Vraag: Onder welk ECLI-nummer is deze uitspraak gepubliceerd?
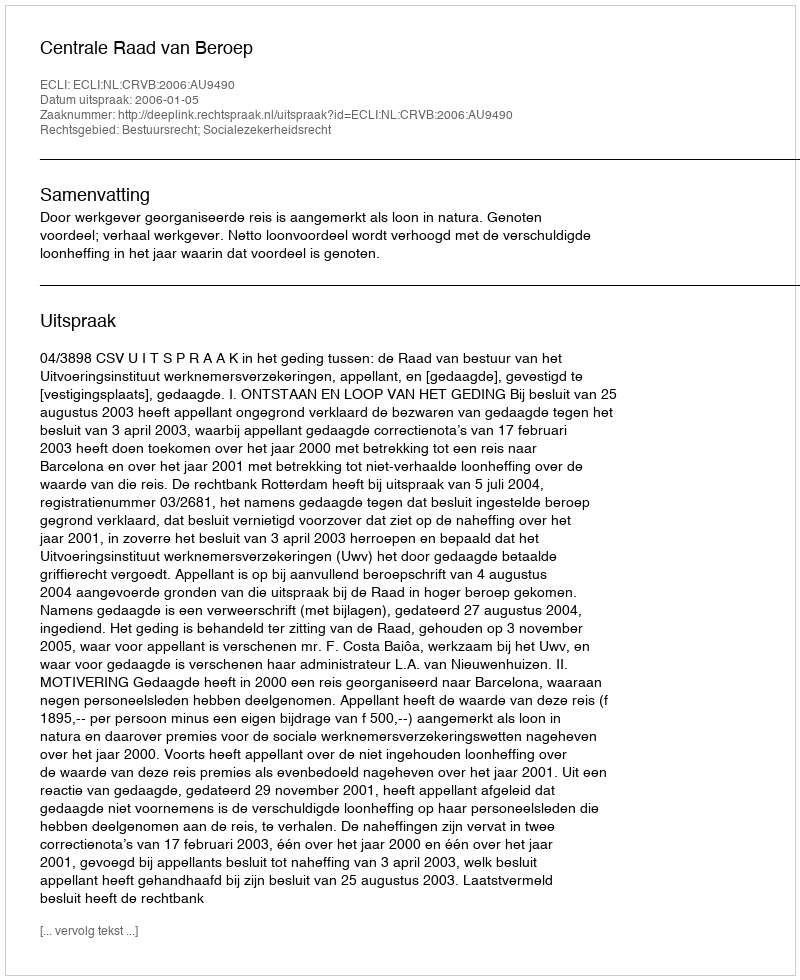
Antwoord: ECLI:NL:CRVB:2006:AU9490